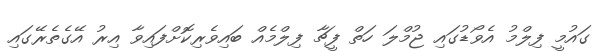
ގައުމީ ފިލްމު އެވޯޑުގައި ޖުމްލަ ހަތް ފީޗާ ފިލްމެއް ބައިވެރިކޮށްފައިވާ އިރު އޭގެތެރޭގައި